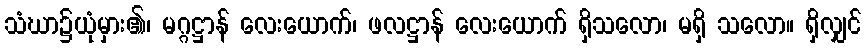
သံဃာ၌ယုံမှား၏၊ မဂ္ဂဋ္ဌာန် လေးယောက်၊ ဖလဋ္ဌာန် လေးယောက် ရှိသလော၊ မရှိ သလော။ ရှိလျှင်